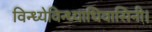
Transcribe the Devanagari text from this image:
विन्ध्येविन्ध्याधिवासिनी।